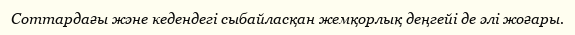
Соттардағы және кедендегі сыбайласқан жемқорлық деңгейі де әлі жоғары.